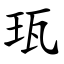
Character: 珁